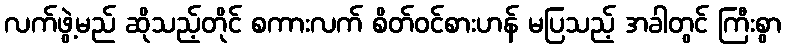
လက်ဖွဲ့မည် ဆိုသည့်တိုင် စကားလက် စိတ်ဝင်စားဟန် မပြသည့် အခါတွင် ကြီးစွာ